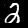
Digit: 2